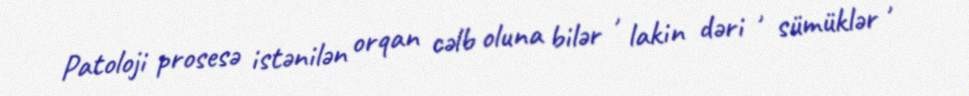
Patoloji prosesə istənilən orqan cəlb oluna bilər , lakin dəri , sümüklər ,